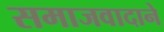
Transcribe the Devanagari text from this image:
समाजवादाने